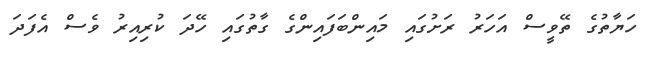
ހަޔާތުގެ ތޭވީސް އަހަރު ރަށުގައި މައިންބަފައިންގެ ގާތުގައި ހޭދަ ކުރިއިރު ވެސް އެފަދަ